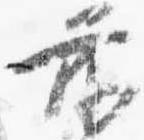
前